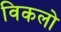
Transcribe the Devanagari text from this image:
विकलो